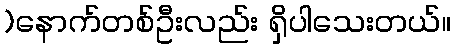
)နောက်တစ်ဦးလည်း ရှိပါသေးတယ်။